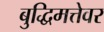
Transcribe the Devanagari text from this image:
बुद्धिमत्तेवर